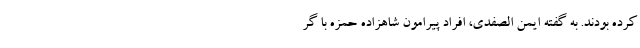
کرده بودند. به گفته ایمن الصفدی، افراد پیرامون شاهزاده حمزه با گر